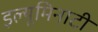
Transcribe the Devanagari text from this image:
इल्यूमिनाटी